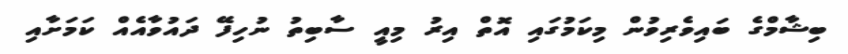
ބިޝާމްގެ ބައިވެރިވުން މިކަމުގައި އޮތް އިރު މިއީ ސާބިތު ނުހިފޭ ދައުވާއެއް ކަމަށާއި